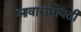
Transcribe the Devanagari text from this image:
आवाराभोवती